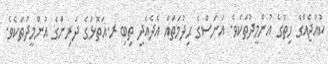
ކުއްޖެއްގެ ހިތުގެ އުންމީދުތަކެވެ. އަނަސްގެ ޙިދުމަތައް އެދެއެދި ތިބި ރ.އަތޮޅުގެ ދަރިންގެ އުންމީދުތަކެވެ.